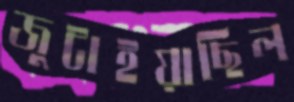
জুটাইয়াছিল